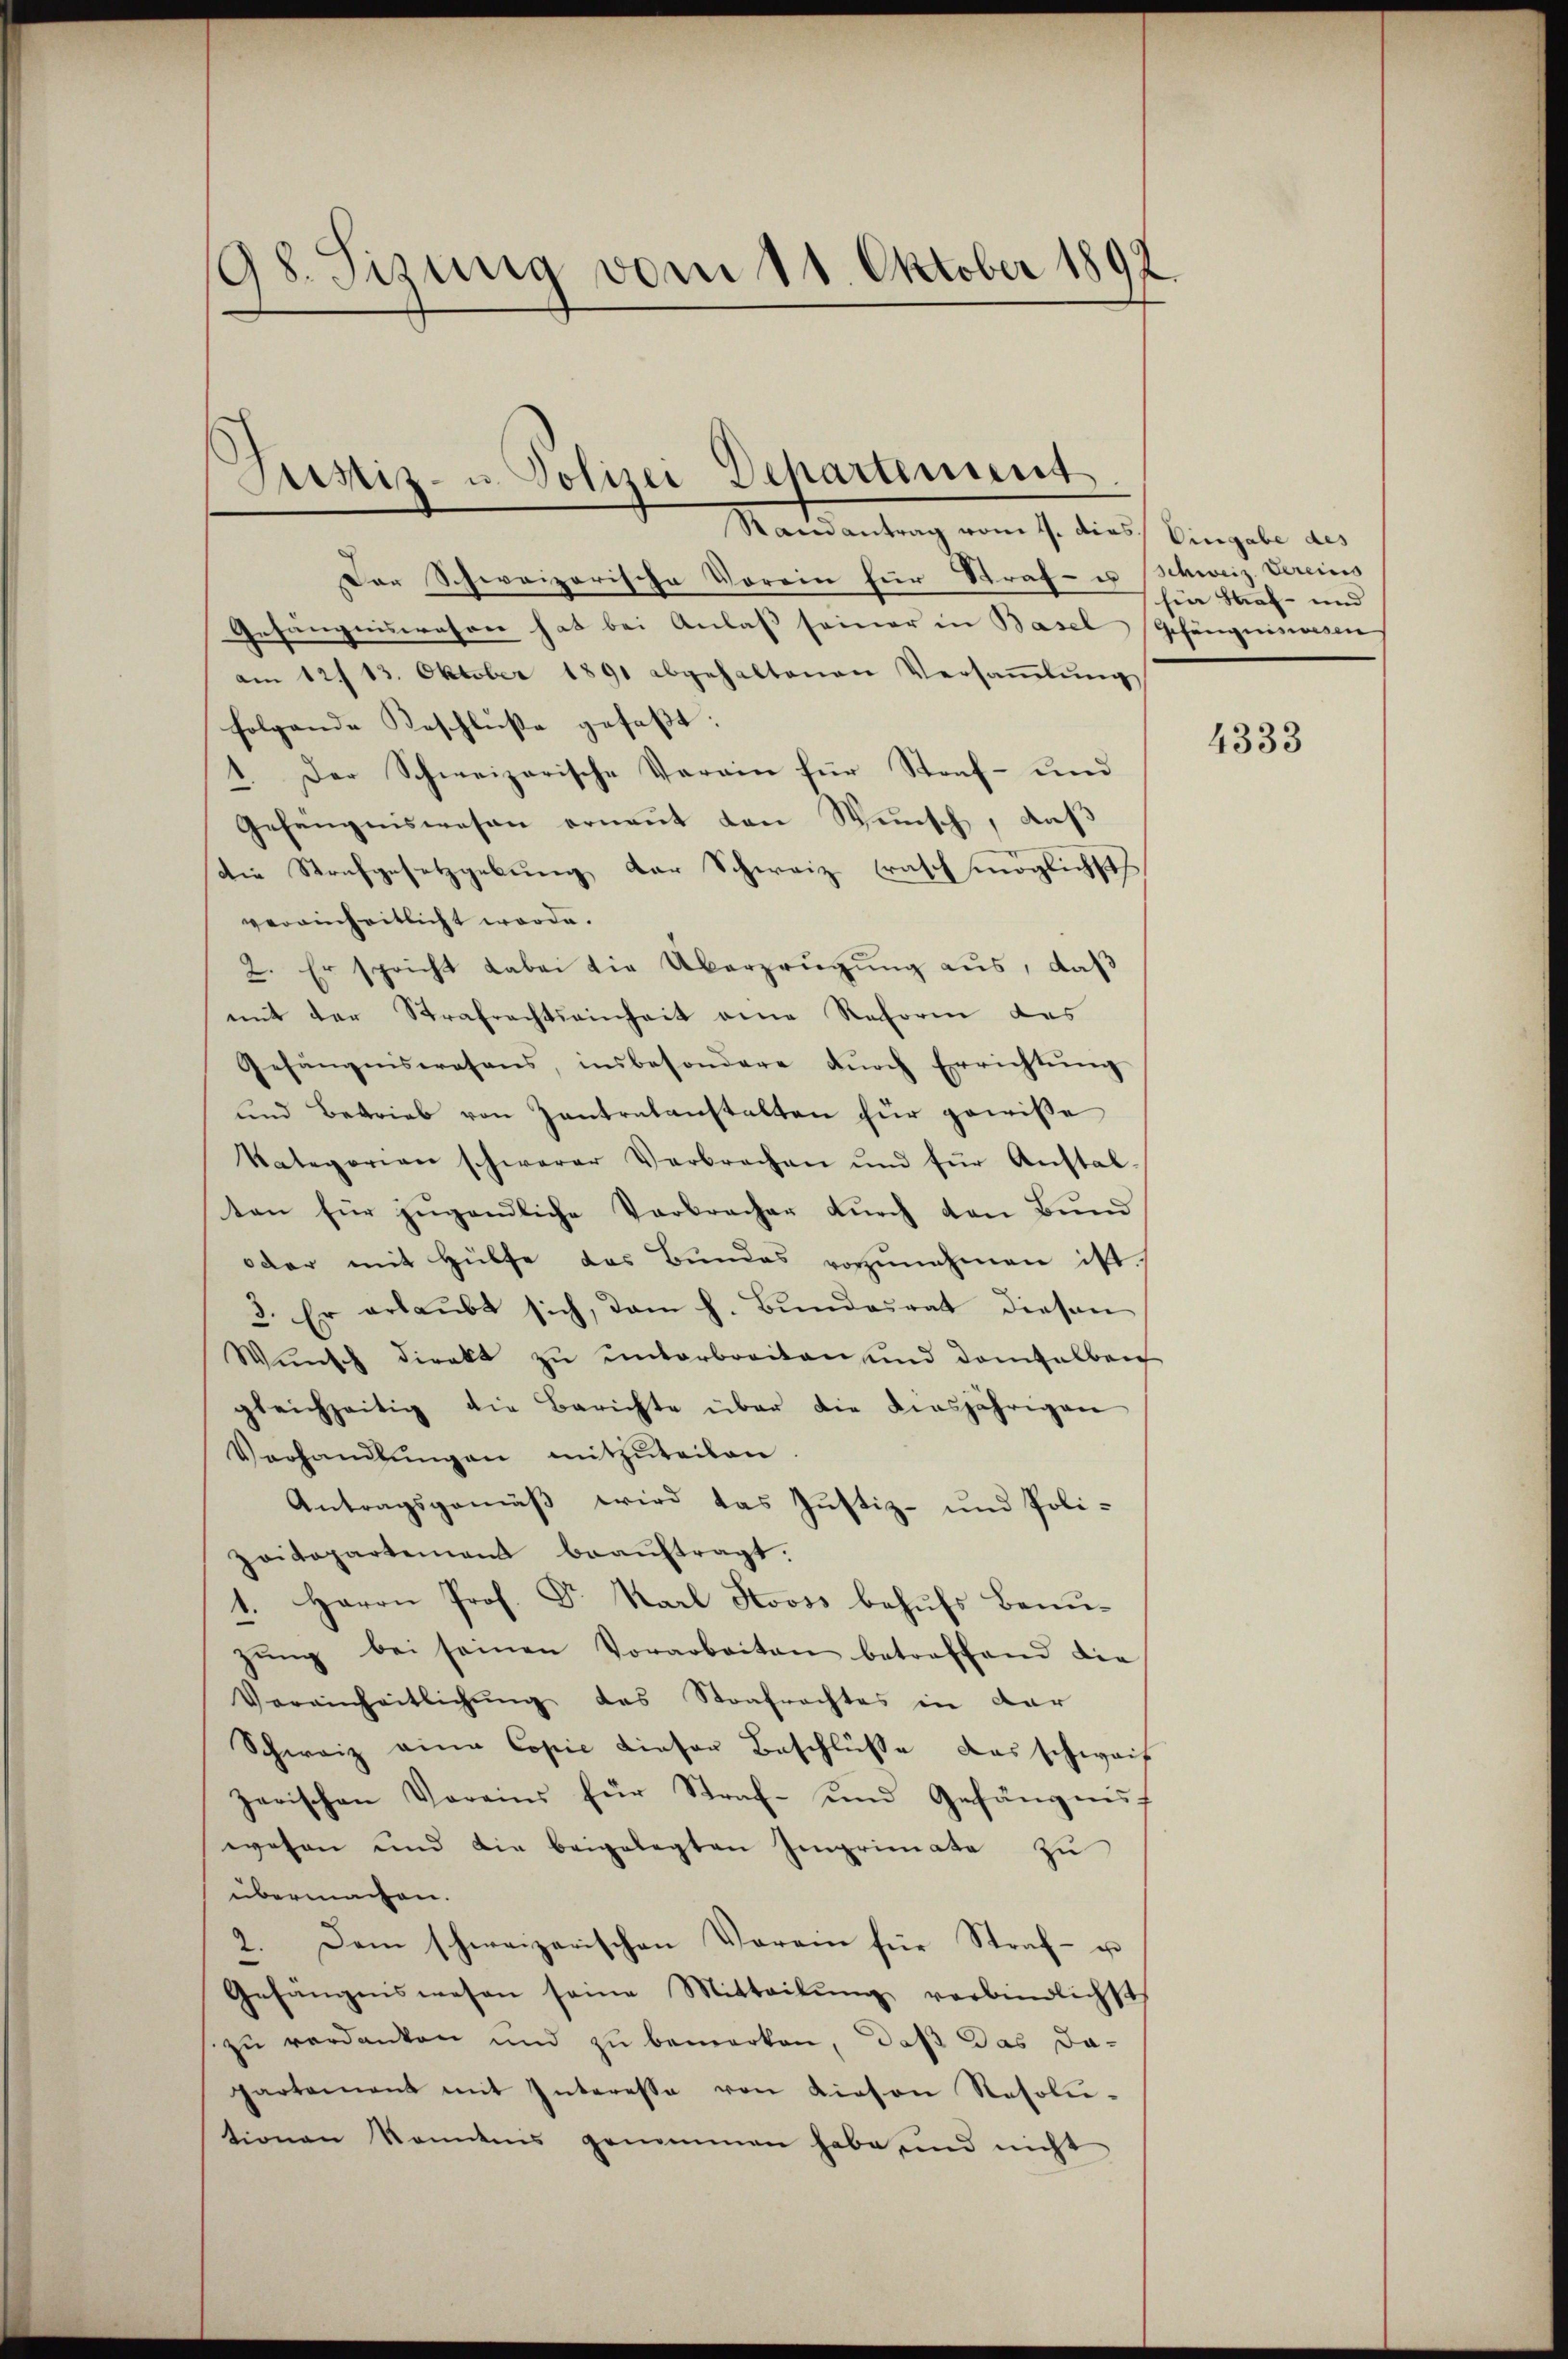
98. Sizung vom 11 Oktober 1892

Justiz- u. Polizei Departement
Randantrag vom 4. dies Eingabe des

Der Schweizerische Vorein für Straf- u Schweiz. Vereins
Gefängniswesen hat bei Anlaß seiner in Basel Gefängnissesen
am 12/13. Oktober 1891 abgehaltenen Versaṁlŭng
folgende Beschluße gefaßt:
1. Der Schweizerische Verein für Straf- und
Gefängniswesen ernaṅt von Wunsch, daß
Die Strafgesetzgebung der Schweiz rasch möglichst
vereinheitlicht werde.
2. Er spricht dabei die Überzeugung aus, daß
mit der Strafrechtseinheit eine Raforen des
Gefängniswesens, insbesondere dŭrch Errichtŭng
und Betrieb von Zentralanstalten für gewisse
Kategorien schwerer Verbrechen und für Anstal-
ten für jugendliche Verbrecher durch den Bund
oder mit Hülfe des Bundes vorzŭnehmen ist
2. Er erlaubt sich, dem h. Bundesrat diesen
Wŭnsch direkt zŭ ŭnterbreiten und demselberg
gleichzeitig die Berichte über die diesjährigen
Verhandlŭngen mitzŭteilen.
Antragsgemäß wird das Justiz- und Poli-
Zaitapartement beaŭftragt.
1. Herrn Prof. Dr. Karl Stooss behufs Benuzŭng bei seinen Vorarbeiten betreffend die
Vereinheitlichŭng des Strafrachtes in dar
Schweiz eine Copie dieser Beschlüsse das schweit
zerischen Vereins für Straf- und Gefängnis
wesen und die beigelegten Imprimata zu
übermachen.
2. Dem schweizerischen Verein für Straf- u
Gefängniswesen seine Mitteilŭng verbindlichst
zu verdanken und zu bemerken, daß das da-
partement mit Interesse von Liesen Resolu-
tionen konntens genommen habe und nicht

fin Straf- und |

4333